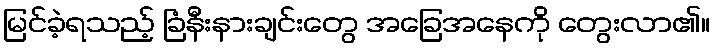
မြင်ခဲ့ရသည့် ခြံနီးနားချင်းတွေ အခြေအနေကို တွေးလာ၏။